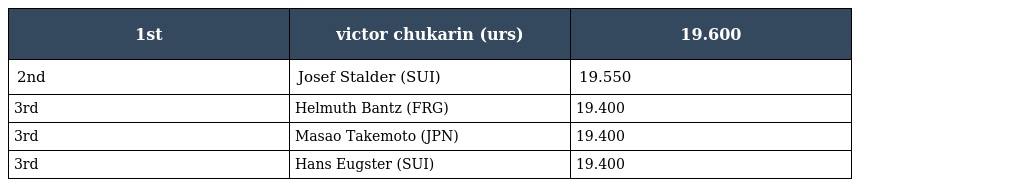
| 1st | victor chukarin (urs) | 19.600 |
 | --- | --- | --- |
 | 2nd | Josef Stalder (SUI) | 19.550 |
 | 3rd | Helmuth Bantz (FRG) | 19.400 |
 | 3rd | Masao Takemoto (JPN) | 19.400 |
 | 3rd | Hans Eugster (SUI) | 19.400 |